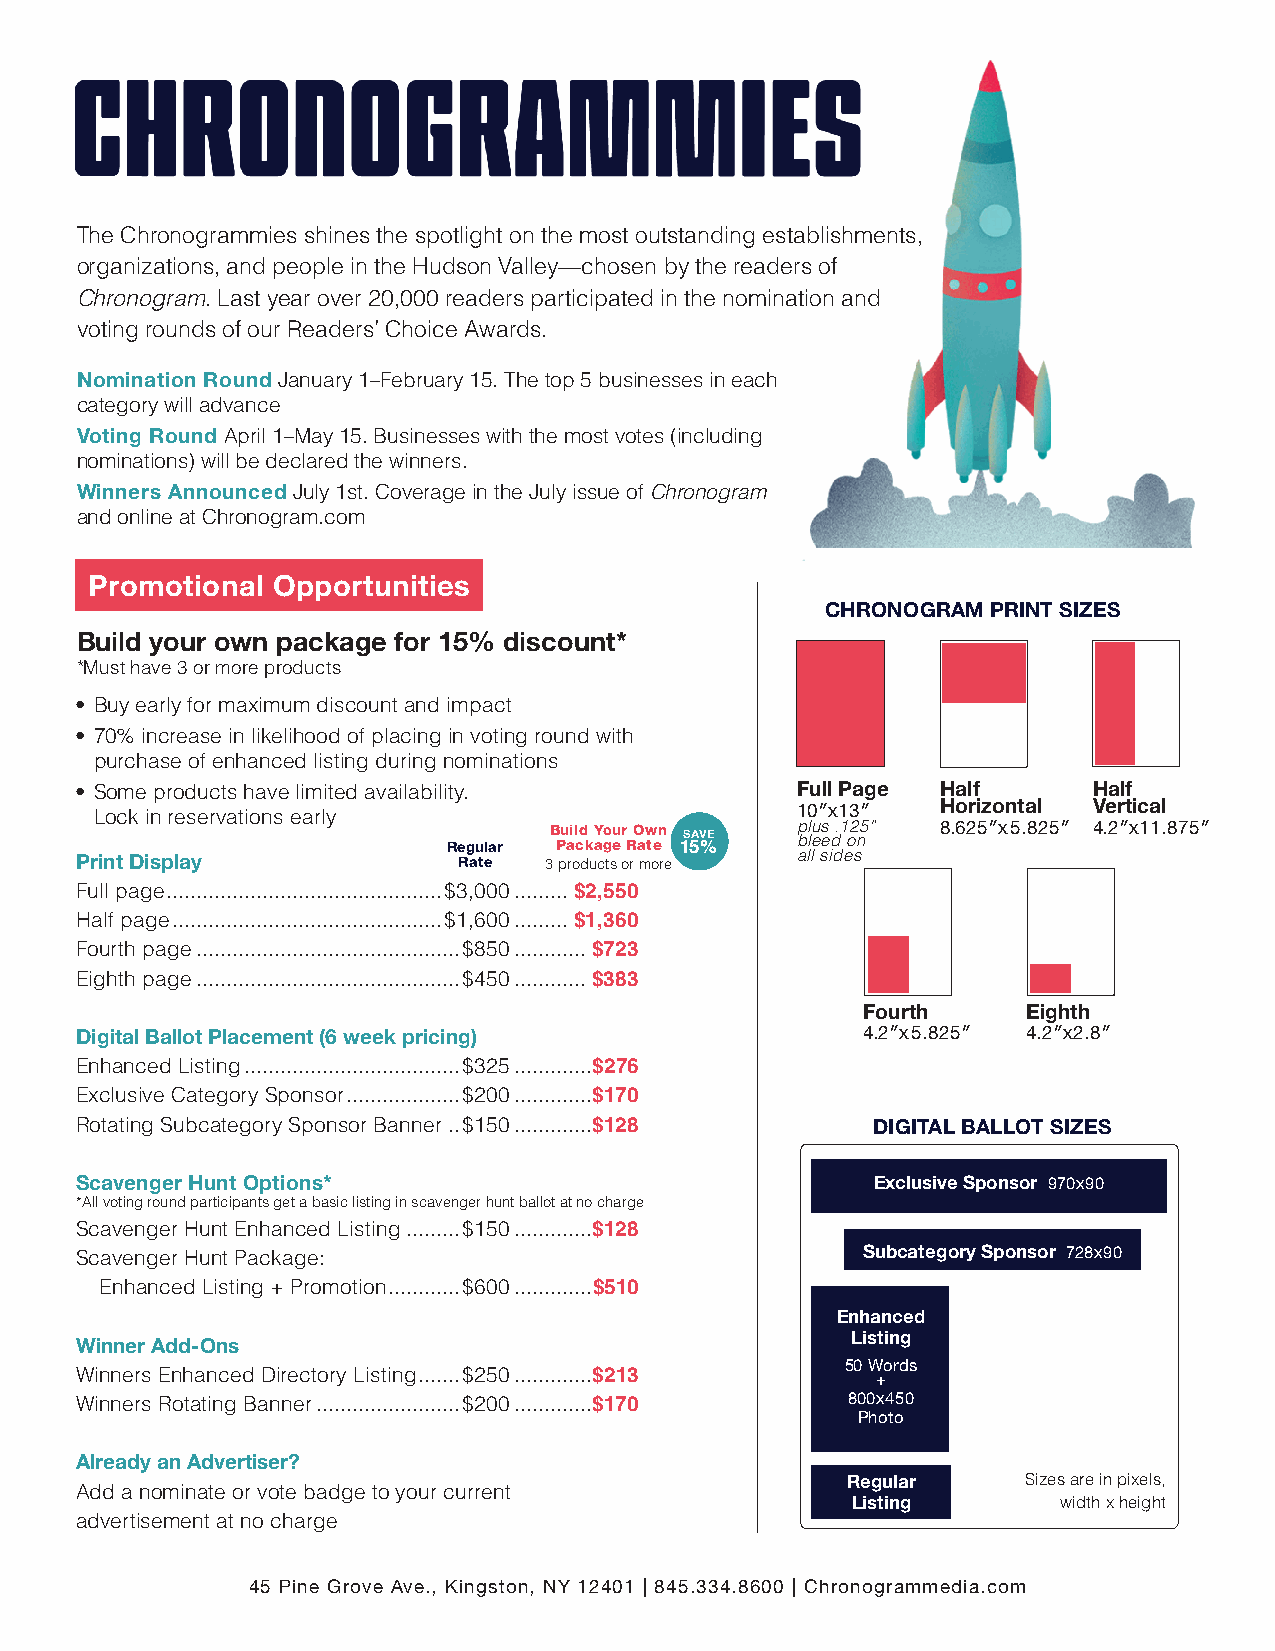
The Chronogrammies shines the spotlight on the most outstanding establishments,
 organizations, and people in the Hudson Valley—chosen by the readers of
 Chronogram. Last year over 20,000 readers participated in the nomination and
 voting rounds of our Readers’ Choice Awards.
 Nomination Round January 1–February 15. The top 5 businesses in each
 category will advance
 Voting Round April 1–May 15. Businesses with the most votes (including
 nominations) will be declared the winners.
 Winners Announced July 1st. Coverage in the July issue of Chronogram
 and online at Chronogram.com
 Promotional Opportunities
 CHRONOGRAM PRINT SIZES
 Build your own package for 15% discount*
 *Must have 3 or more products
 • Buy early for maximum discount and impact
 • 70% increase in likelihood of placing in voting round with
 purchase of enhanced listing during nominations
 • Some products have limited availability.      Full Page Half     Half
 Horizontal Vertical
 Lock in reservations early                     10″x13″
 Regular B Pu ail cd k aY go eu r R O aw ten 1S 5AV %E p bl lu es e d.1 o2 n5 ” 8.625″x5.825″ 4.2″x11.875″
 Print Display            Rate  3 products or more all sides
 Full page ..............................................$3,000 .........$2,550
 Half page .............................................$1,600 .........$1,360
 Fourth page ............................................$850 ............$723
 Eighth page ............................................$450 ............$383
 Fourth     Eighth
 Digital Ballot Placement (6 week pricing)           4.2″x5.825″ 4.2″x2.8″
 Enhanced Listing ....................................$325 .............$276
 Exclusive Category Sponsor ...................$200 .............$170
 Rotating Subcategory Sponsor Banner ..$150 .............$128 DIGITAL BALLOT SIZES
 Scavenger Hunt Options*                              Exclusive Sponsor 970x90
 *All voting round participants get a basic listing in scavenger hunt ballot at no charge
 Scavenger Hunt Enhanced Listing .........$150 .............$128
 Scavenger Hunt Package:                             Subcategory Sponsor 728x90
 Enhanced Listing + Promotion ............$600 .............$510
 Enhanced
 Listing
 Winner Add-Ons
 Winners Enhanced Directory Listing .......$250 .............$213 50 Words
 +
 Winners Rotating Banner ........................$200 .............$170 800x450
 Photo
 Already an Advertiser?
 Regular     Sizes are in pixels,
 Add a nominate or vote badge to your current
 Listing       width x height
 advertisement at no charge
 45 Pine Grove Ave., Kingston, NY 12401 | 845.334.8600 | Chronogrammedia.com